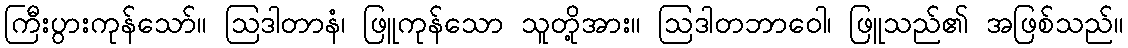
ကြီးပွားကုန်သော်။ ဩဒါတာနံ၊ ဖြူကုန်သော သူတို့အား။ ဩဒါတဘာဝေါ၊ ဖြူသည်၏ အဖြစ်သည်။